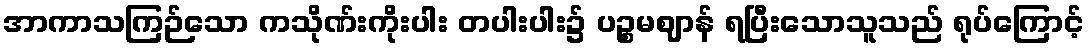
အာကာသကြဉ်သော ကသိုဏ်းကိုးပါး တပါးပါး၌ ပဉ္စမဈာန် ရပြီးသောသူသည် ရုပ်ကြောင့်